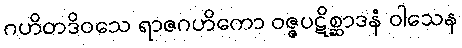
ဂဟိတဒိဝသေ ရာဇဂဟိကော ဝဇ္ဇပဋိစ္ဆာဒနံ ဝါသေန